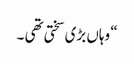
“ وہاں بڑی سختی تھی ۔